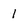
Character: I